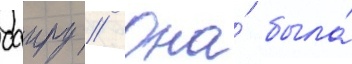
саиру // Она́ была́